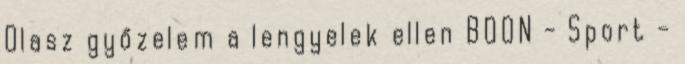
Olasz győzelem a lengyelek ellen BOON - Sport -